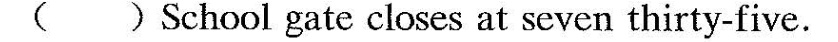
( ) School gate closes at seven thirty-five.